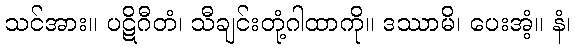
သင်အား။ ပဋိဂီတံ၊ သီချင်းတုံ့ဂါထာကို။ ဒဿာမိ၊ ပေးအံ့။ နံ၊